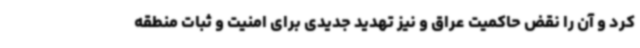
کرد و آن را نقض حاکمیت عراق و نیز تهدید جدیدی برای امنیت و ثبات منطقه